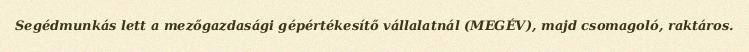
Segédmunkás lett a mezőgazdasági gépértékesítő vállalatnál (MEGÉV), majd csomagoló, raktáros.